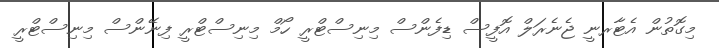
މިގޮތުން އެޓާރނީ ޖެނެރަލް އޮފީސް ޑިފެންސް މިނިސްޓްރީ ހޯމް މިނިސްޓްރީ ފިނޭންސް މިނިސްޓްރީ